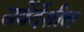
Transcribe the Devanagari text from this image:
सवेंदेंशील